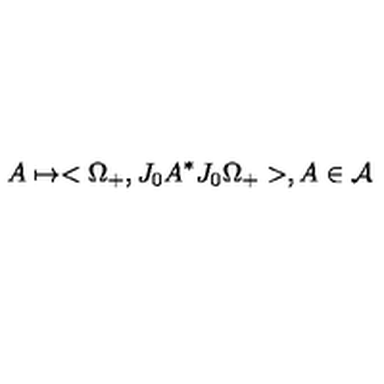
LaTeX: A \mapsto < \Omega _ { + } , J _ { 0 } A ^ { \ast } J _ { 0 } \Omega _ { + } > , A \in \mathcal { A }